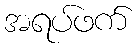
အရပ်ဖက်